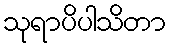
သုရာပိပါသိတာ